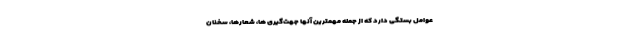
عوامل بستگی دارد که از جمله مهمترین آنها جهت‌گیری ها، شعارها، سخنان